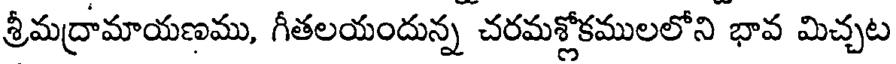
శ్రీమద్రామాయణము, గీతలయందున్న చరమశ్లోకములలోని భావ మిచ్చట